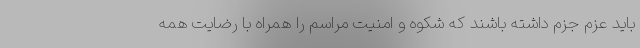
باید عزم جزم داشته باشند که شکوه و امنیت مراسم را همراه با رضایت همه